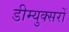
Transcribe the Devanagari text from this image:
डीम्युक्सरों